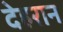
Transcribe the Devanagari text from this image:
देहरान